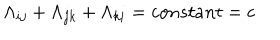
LaTeX: \Lambda _ { i j } + \Lambda _ { j k } + \Lambda _ { k i } = c o n s t a n t = c